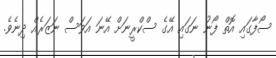
ސޯފާގައި އޮތް ފޯނު ނަގައި އޭގެ ސްކްރީނަށް އޭނަ އަވަސް ނަޒަރެއް ދިނެވެ.